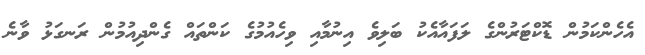
އެހެންކަމުން ޑޮކްޓަރުންގެ ލަފައާއެކު ބަލިވެ އިނުމާއި ވިހެއުމުގެ ކަންތައް ގެންދިއުމުން ރަނގަޅު ވާނެ